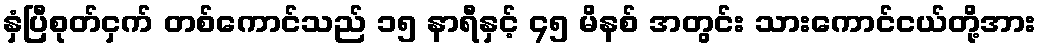
နှံပြီစုတ်ငှက် တစ်ကောင်သည် ၁၅ နာရီနှင့် ၄၅ မိနစ် အတွင်း သားကောင်ငယ်တို့အား